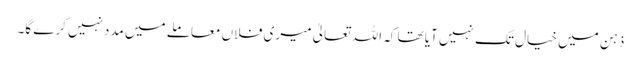
ذہن میں خیال تک نہیں آیا تھا کہ اللہ تعالیٰ میری فلاں معاملے میں مددنہیں کرے گا۔